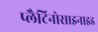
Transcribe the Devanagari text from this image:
प्लैटिनोसाइनाइड